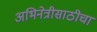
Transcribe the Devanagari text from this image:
अभिनेत्रीसाठीचा